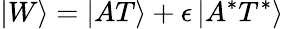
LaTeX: \left|W\right\rangle=\left|AT\right\rangle+\epsilon\left|A^{*}T^{*}\right\rangle